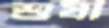
শুষী